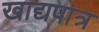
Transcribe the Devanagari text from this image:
खाद्यपात्र